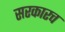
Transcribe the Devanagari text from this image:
सरकारच